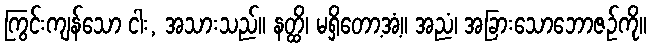
ကြွင်းကျန်သော ငါး, အသားသည်။ နတ္ထိ၊ မရှိတော့အံ့။ အညံ၊ အခြားသောဘောဇဉ်ကို။